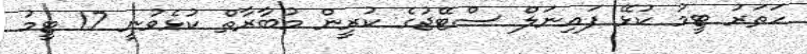
ހަތަރު ޓީމު ކުޅޭ ފައިނަލް ސްޓޭޖުގެ ކުރީން މުބާރާތް ކުޅެވުނީ 17 ޓީމު